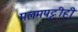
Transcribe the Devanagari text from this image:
मलमपट्टीही